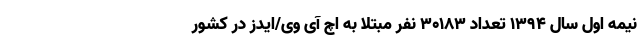
نیمه اول سال ۱۳۹۴ تعداد ۳۰۱۸۳ نفر مبتلا به اچ آی وی/ایدز در کشور